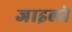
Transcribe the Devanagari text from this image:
जाइलो